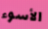
الأسوء